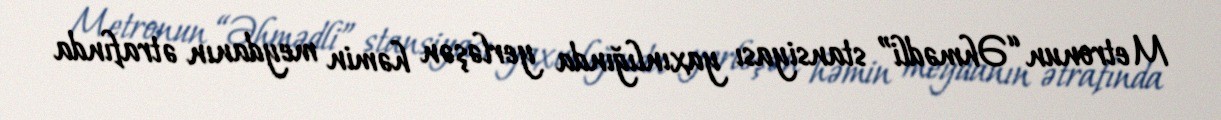
Metronun “Əhmədli” stansiyası yaxınlığında yerləşən həmin meydanın ətrafında